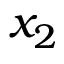
x _ { 2 }